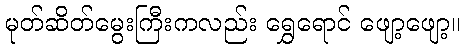
မုတ်ဆိတ်မွေးကြီးကလည်း ရွှေရောင် ဖျော့ဖျော့။